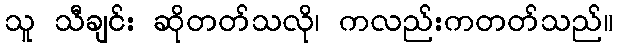
သူ သီချင်း ဆိုတတ်သလို၊ ကလည်းကတတ်သည်။